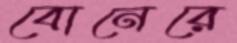
বোনেরে